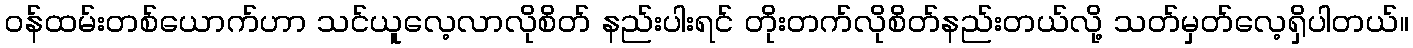
ဝန်ထမ်းတစ်ယောက်ဟာ သင်ယူလေ့လာလိုစိတ် နည်းပါးရင် တိုးတက်လိုစိတ်နည်းတယ်လို့ သတ်မှတ်လေ့ရှိပါတယ်။